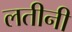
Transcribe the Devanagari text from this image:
लतीनी